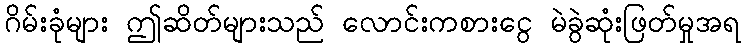
ဂိမ်းခုံများ ဤဆိတ်များသည် လောင်းကစားငွေ မဲခွဲဆုံးဖြတ်မှုအရ